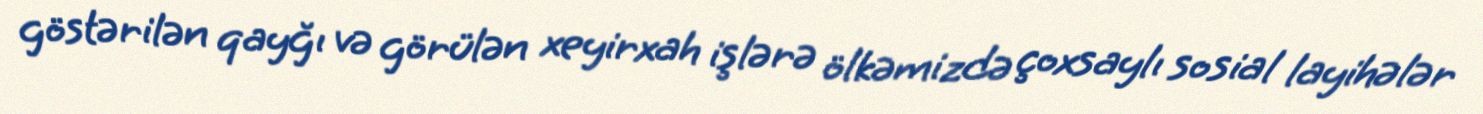
göstərilən qayğı və görülən xeyirxah işlərə ölkəmizdə çoxsaylı sosial layihələr